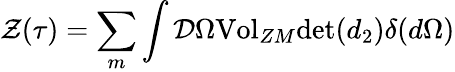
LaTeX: {\cal{Z}}(\tau{})=\sum_{m}\int{\cal{D}}\Omega{\mathrm{Vol}}_{ZM}{\mathrm{det}}(d_{2})\delta{}(d\Omega{})